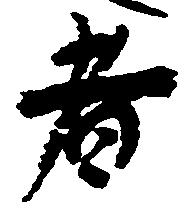
者